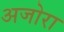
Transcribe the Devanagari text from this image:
अजोरा